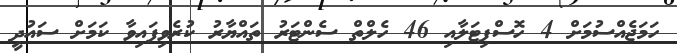
ހަމަޖެއްސުމަށް 4 ހޮސްޕިޓަލާއި 46 ހެލްތް ސެންޓަރު ތައްޔާރު ކުރެވިފައިވާ ކަމަށް ސައުދީ